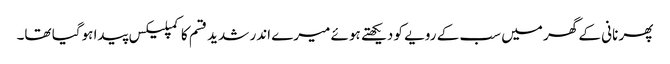
پھر نانی کے گھر میں سب کے رویے کو دیکھتے ہوئے میرے اندر شدید قسم کا کمپلیکس پیدا ہوگیا تھا۔